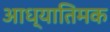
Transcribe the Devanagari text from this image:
आध्यातिमक